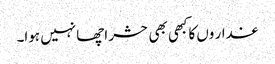
غدار وں کاکبھی بھی حشر اچھا نہیں ہوا۔